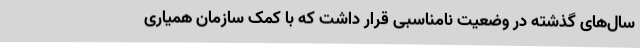
سال‌های گذشته در وضعیت نامناسبی قرار داشت که با کمک سازمان همیاری